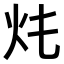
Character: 𤆚